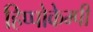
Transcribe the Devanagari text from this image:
हिप्पोकेम्पी